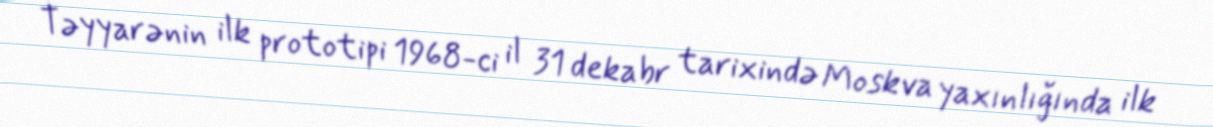
Təyyarənin ilk prototipi 1968-ci il 31 dekabr tarixində Moskva yaxınlığında ilk